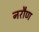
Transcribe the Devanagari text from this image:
नरौण